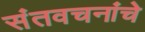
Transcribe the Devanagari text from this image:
संतवचनांचे